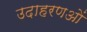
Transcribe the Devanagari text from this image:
उदाहरणओं